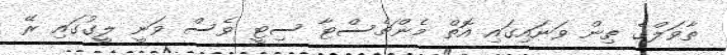
ތާވަލްގެ ތިން ވަނައިގައި އޮތް މެންޗެސްޓާ ސިޓީ ވެސް ވަނީ ލީގުގައި ރޭ